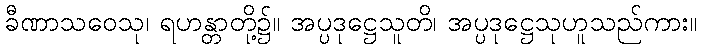
ခီဏာသဝေသု၊ ရဟန္တာတို့၌။ အပ္ပဒုဋ္ဌေသူတိ၊ အပ္ပဒုဋ္ဌေသုဟူသည်ကား။